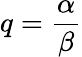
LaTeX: q={\frac{\alpha}{\beta}}